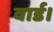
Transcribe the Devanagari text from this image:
वार्ड।